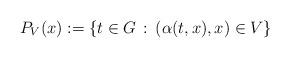
LaTeX: \begin{align*}P_{V}(x):=\{ t \in G \,:\, (\alpha(t,x), x) \in V \}\end{align*}